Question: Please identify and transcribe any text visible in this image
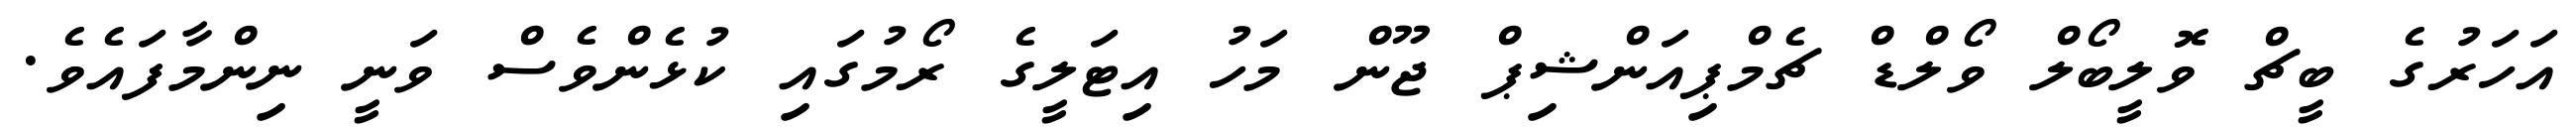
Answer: އަހަރުގެ ބީޗް ވޮލީބޯލް ވޯލްޑް ޗެމްޕިއަންޝިޕް ޖޫން މަހު އިޓަލީގެ ރޯމުގައި ކުޅެންވެސް ވަނީ ނިންމާފައެވެ.